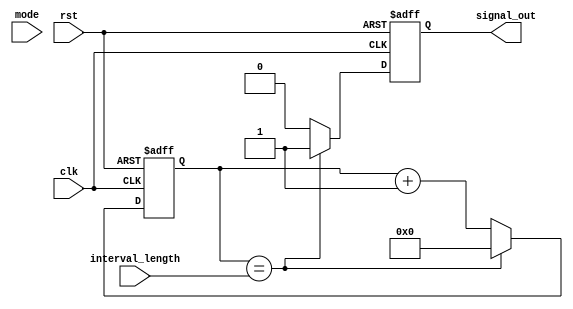
module IntervalTimer (
  input wire clk,
  input wire rst,
  input wire [7:0] interval_length,
  input wire mode,
  output reg signal_out
);

reg [7:0] counter;

always @(posedge clk or posedge rst) begin
  if (rst) begin
    counter <= 8'b0;
    signal_out <= 1'b0;
  end else begin
    if (counter == interval_length) begin
      counter <= 8'b0;
      signal_out <= 1'b1;
    end else begin
      counter <= counter + 8'b1;
      signal_out <= 1'b0;
    end
  end
end

endmodule